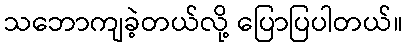
သဘောကျခဲ့တယ်လို့ ပြောပြပါတယ်။